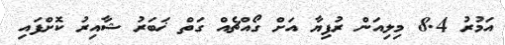
އަމުރު 8.4 މިލިއަން ރުފިޔާ އަށް ގޯއްޗެއް ގަތް ޚަބަރު ޝާއިރު ކޮށްފައި